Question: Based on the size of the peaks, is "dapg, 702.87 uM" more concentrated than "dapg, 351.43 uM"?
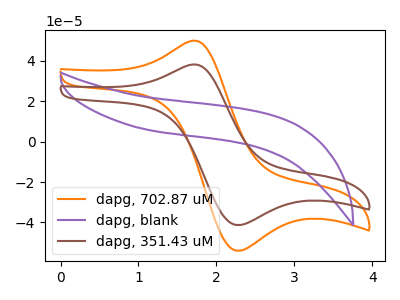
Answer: <think>The orange curve "dapg, 702.87 uM" has an anodic peak at (1.65V, 49.85uA) and a cathodic peak at (2.25V, -54.00uA). The purple curve "dapg, blank" has no peaks. The brown curve "dapg, 351.43 uM" has an anodic peak at (1.65V, 38.10uA) and a cathodic peak at (2.25V, -41.30uA).
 All the peaks in "dapg, 351.43 uM" have a peak in "dapg, 702.87 uM" at the same potential. Every peak in "dapg, 351.43 uM" is lower than every peak in "dapg, 702.87 uM".</think>
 <answer>"dapg, 351.43 uM" has less signal than "dapg, 702.87 uM" and so likely has a lower concentration.</answer>
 <eval>less_concentration</eval>